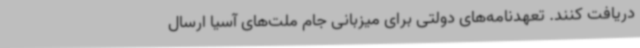
دریافت کنند. تعهدنامه‌های دولتی برای میزبانی جام ملت‌های آسیا ارسال